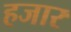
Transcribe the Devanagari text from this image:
हजार